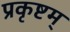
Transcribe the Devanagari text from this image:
प्रकृष्टम्